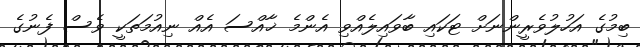
ބިމުގެ އަހުލުވެރީންނަށް ޓަކައި ބާވައިލެއްވި އެންމެ ޚާއްސަ އެއް ނިއުމަތަކީ ވެސް ފެނުގެ